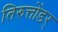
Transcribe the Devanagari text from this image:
तिरुत्तोंडर्